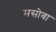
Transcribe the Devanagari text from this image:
मसोबा